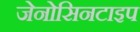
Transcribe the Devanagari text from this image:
जेनोसिनटाइप